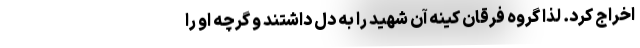
اخراج کرد. لذا گروه فرقان کینه آن شهید را به دل داشتند و گرچه او را